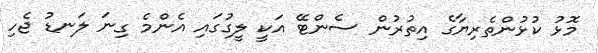
މޮޅު ކުޅުންތެރިޔާގެ އިތުރުން ސެންޓޭ އަކީ ލީގުގައި އެންމެ ގިނަ ލަނޑު ޖެހި